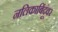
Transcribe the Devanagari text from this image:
नलिकाबिंदूंवर